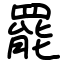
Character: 罷